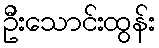
ဦးသောင်းထွန်း